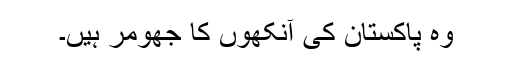
وہ پاکستان کی آنکھوں کا جھومر ہیں۔